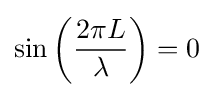
\sin \left({2\pi L \over \lambda }\right)=0